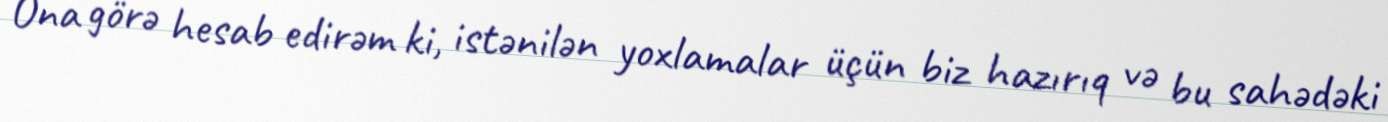
Ona görə hesab edirəm ki, istənilən yoxlamalar üçün biz hazırıq və bu sahədəki